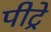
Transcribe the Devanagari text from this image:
पीट्रे